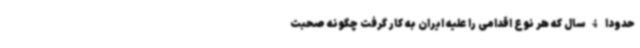
حدودا 4 سال که هر نوع اقدامی را علیه ایران به کار گرفت چگونه صحبت